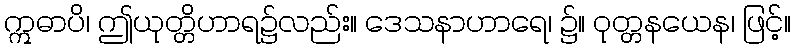
ဣဓာပိ၊ ဤယုတ္တိဟာရ၌လည်း။ ဒေသနာဟာရေ၊ ၌။ ဝုတ္တနယေန၊ ဖြင့်။